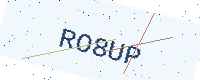
Text: RO8UP